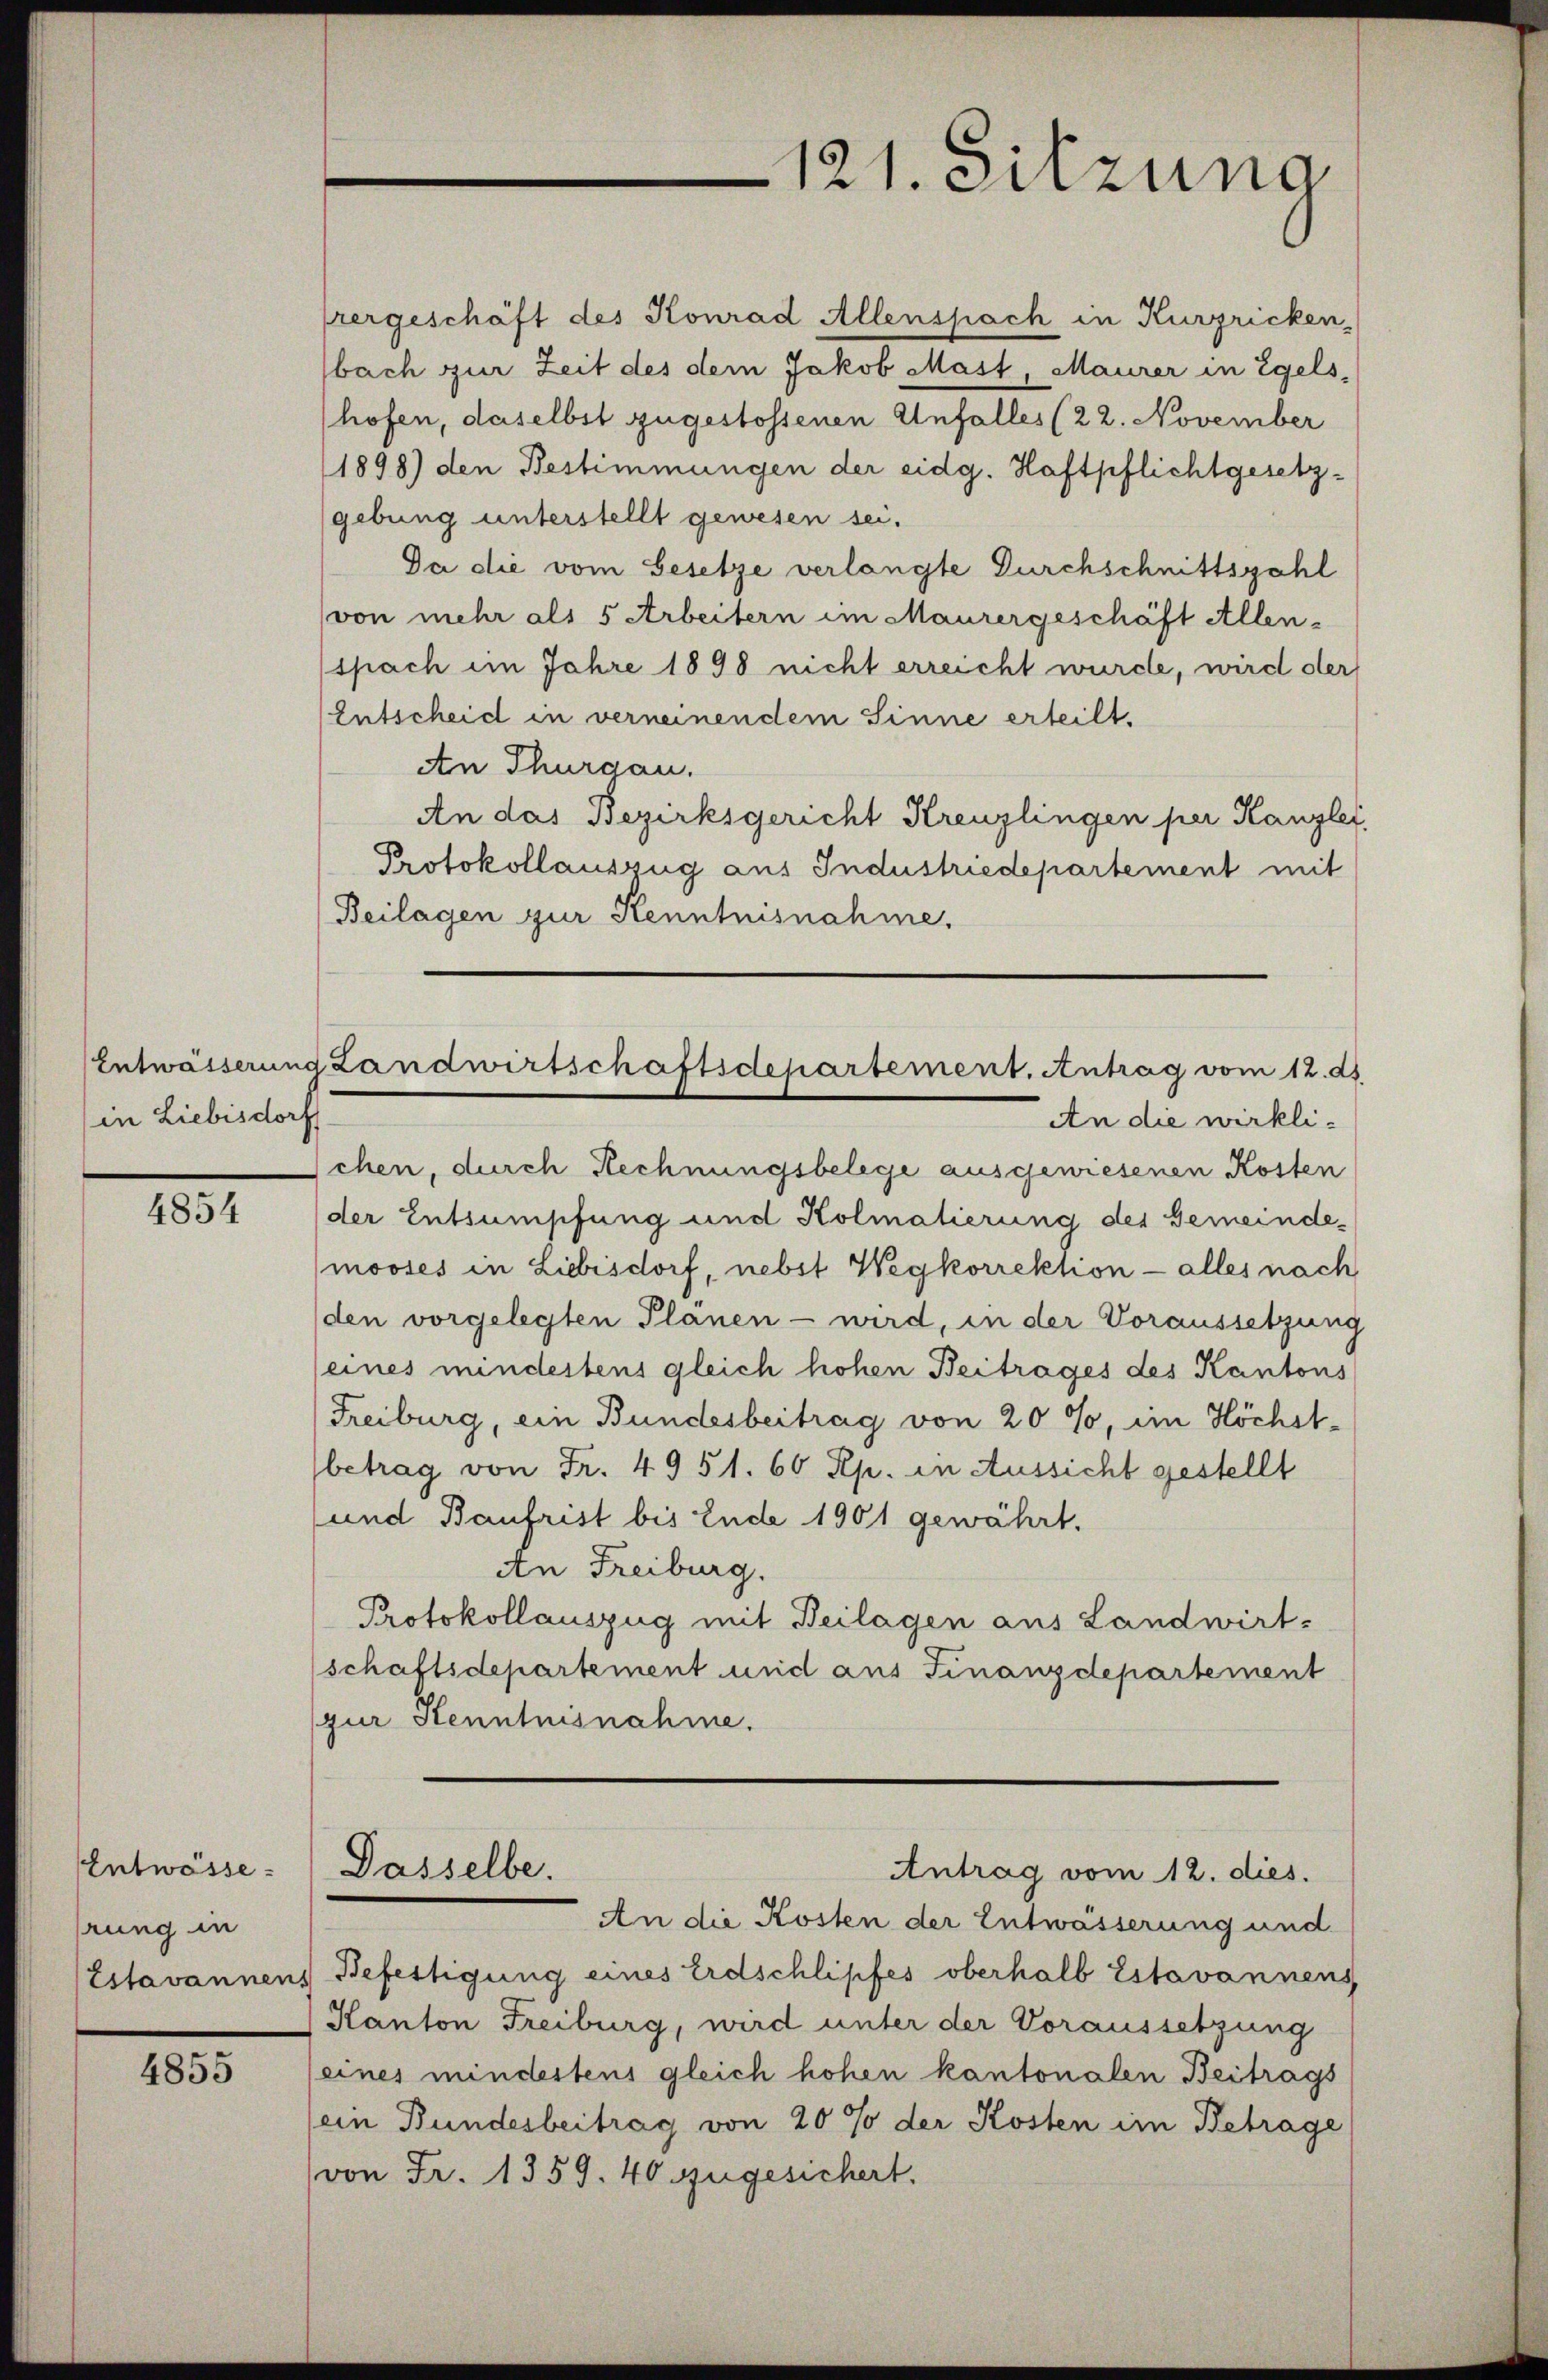
in Liebisdorf

4854

EEntwässe
rung in
Estavannen

4855

prergeschäft des Konrad Allenspach in Kurzricken,
bach zur Zeit des dem Jakob Mast, Maurer in Egels-
hofen, daselbst zugestossenen Unfalles (22. November
1898) den Bestimmungen der eidg. Haftpflichtgesetzgebung unterstellt gewesen sei.
Da die vom Gesetze verlangte Durchschnittszahl
(von mehr als 5 Arbeitern im Maurergeschäft Allen-
spach im Jahre 1898 nicht erreicht wurde, wird der
Entscheid in verneinendem Sinne erteilt.
An Thurgau.
An das Bezirksgericht Kreuzlingen per Kanzlei,
Protokollauszug aus Industriedepartement mit
Beilagen zur Kenntnisnahme.

121. Sitzung

An die wirklischen, durch Rechnungsbelege ausgewiesenen Kosten
der Entsumpfung und Kolmatierung des Gemeindemooses in Liebisdorf, nebst Wegkorrektion - alles nach
den vorgelegten Planen - wird, in der Voraussetzung
(eines mindestens gleich hohen Beitrages des Kantons
Freiburg, ein Bundesbeitrag von 20 %, im Höchst¬
(betrag von Fr. 4951. 60 Rp. in Aussicht gestellt
und Baufrist bis Ende 1901 gewährt.
An Freiburg.
Protokollauszug mit Beilagen aus Landwirt-
schaftsdepartement und aus Finanzdepartement
(gur Kenntnisnahme.
Dasselbe.
Antrag vom 12. dies
An die Kosten der Entwässerung und
 Befestigung eines Erdschlipfes oberhalb Estavannens
Kanton Freiburg, wird unter der Voraussetzung
(eines mindestens gleich hohen kantonalen Beitrags
(ein Bundesbeitrag von 20 % der Kosten im Betrage
(von Fr. 1359. 40 zugesichert.

Entwässerung Landwirtschaftsdepartement. Antrag vom 12. ds.